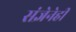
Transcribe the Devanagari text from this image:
संज्ञेनेही